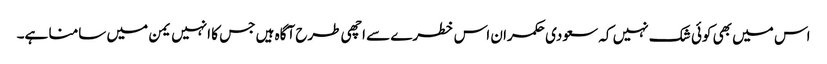
اس میں بھی کوئی شک نہیں کہ سعودی حکمران اس خطرے سے اچھی طرح آگاہ ہیں جس کا انہیں یمن میں سامنا ہے۔